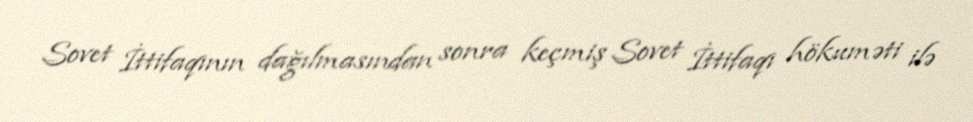
Sovet İttifaqının dağılmasından sonra keçmiş Sovet İttifaqı hökuməti ilə